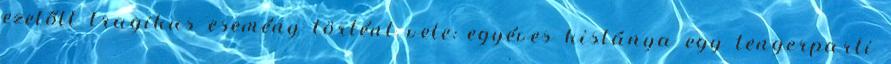
ezelőtt tragikus esemény történt vele: egyéves kislánya egy tengerparti